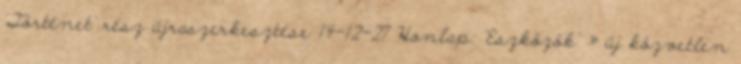
'Történet' rész újraszerkesztése 14-12-27 Honlap: 'Eszközök' » új közvetlen